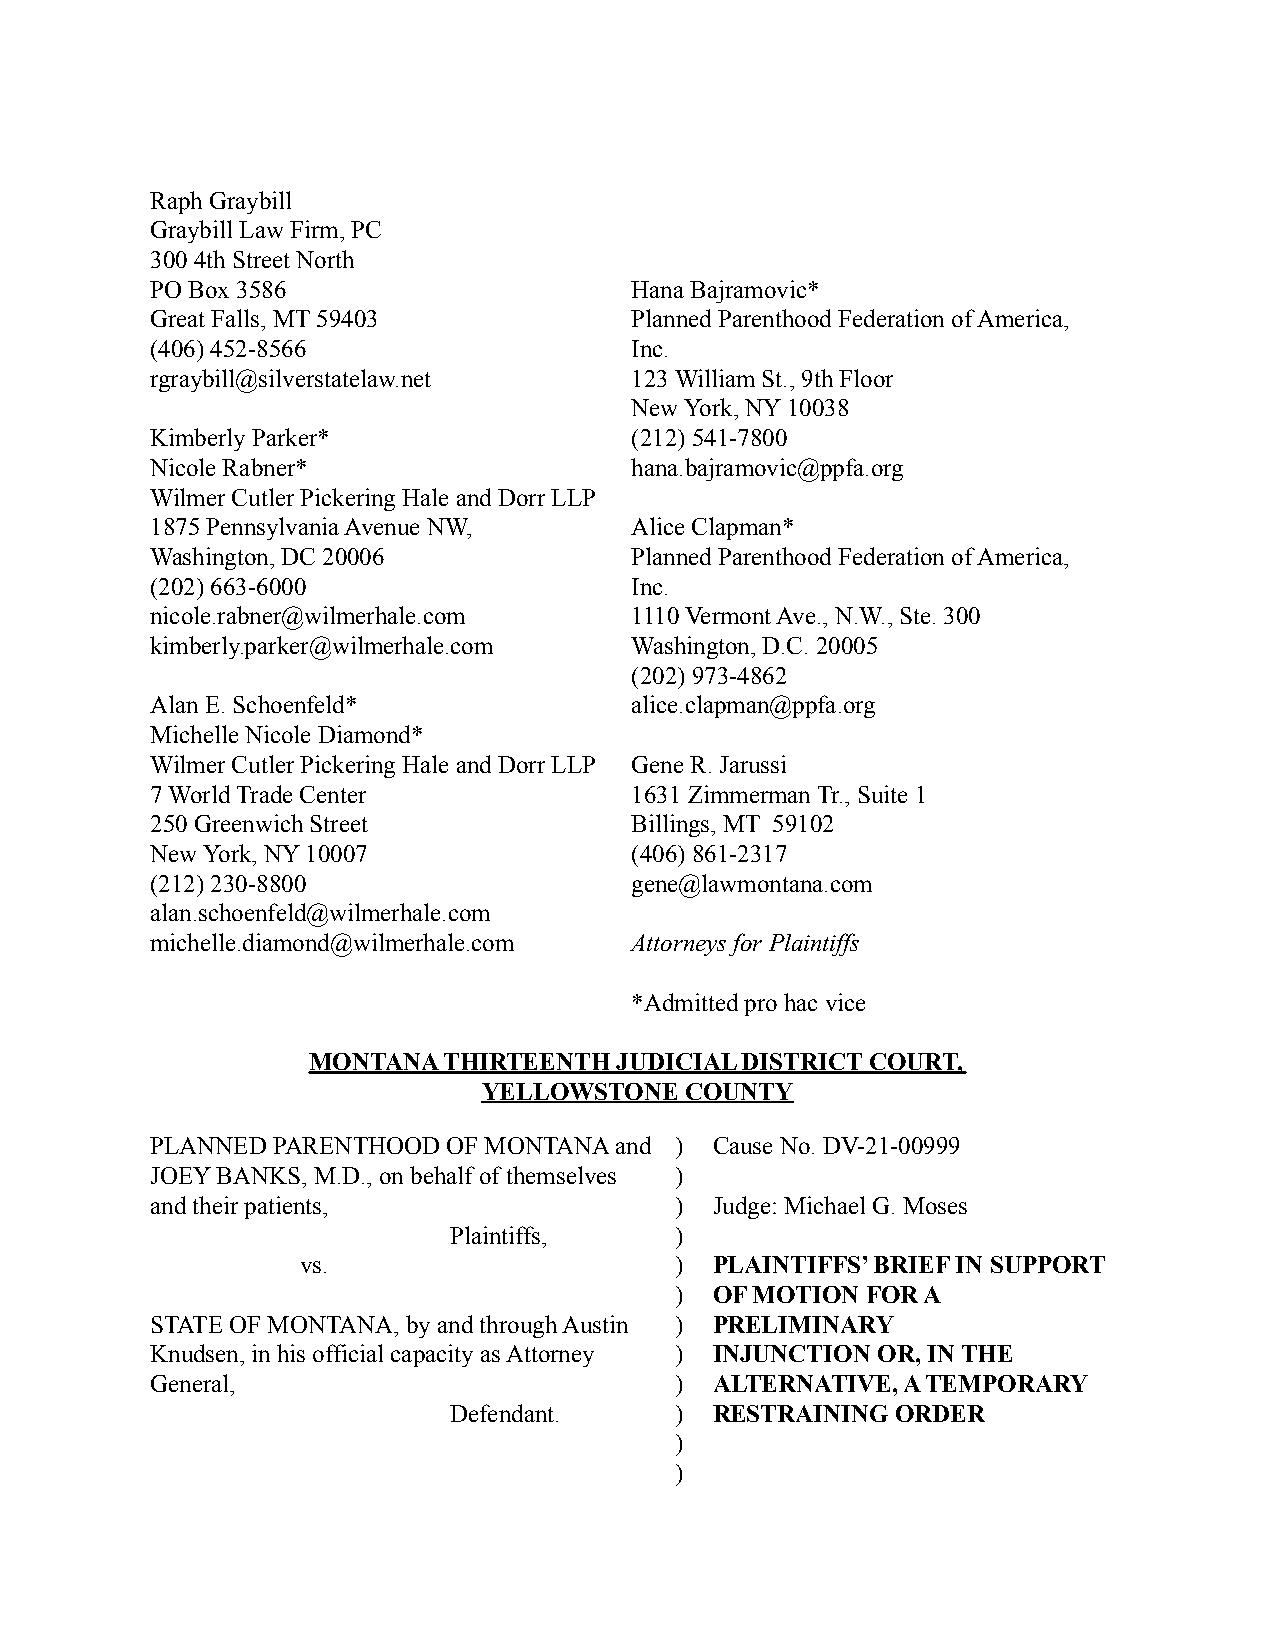
Raph Graybill
 Graybill Law Firm, PC
 300 4th Street North
 PO Box 3586                     Hana Bajramovic*
 Great Falls, MT 59403           Planned Parenthood Federation of America,
 (406) 452-8566                  Inc.
 rgraybill@silverstatelaw.net    123 William St., 9th Floor
 New York, NY 10038
 Kimberly Parker*                (212) 541-7800
 Nicole Rabner*                  hana.bajramovic@ppfa.org
 Wilmer Cutler Pickering Hale and Dorr LLP
 1875 Pennsylvania Avenue NW,    Alice Clapman*
 Washington, DC 20006            Planned Parenthood Federation of America,
 (202) 663-6000                  Inc.
 nicole.rabner@wilmerhale.com    1110 Vermont Ave., N.W., Ste. 300
 kimberly.parker@wilmerhale.com  Washington, D.C. 20005
 (202) 973-4862
 Alan E. Schoenfeld*             alice.clapman@ppfa.org
 Michelle Nicole Diamond*
 Wilmer Cutler Pickering Hale and Dorr LLP Gene R. Jarussi
 7 World Trade Center            1631 Zimmerman Tr., Suite 1
 250 Greenwich Street            Billings, MT 59102
 New York, NY 10007              (406) 861-2317
 (212) 230-8800                  gene@lawmontana.com
 alan.schoenfeld@wilmerhale.com
 michelle.diamond@wilmerhale.com Attorneys for Plaintiffs
 *Admitted pro hac vice
 MONTANA  THIRTEENTH  JUDICIAL DISTRICT COURT,
 YELLOWSTONE  COUNTY
 PLANNED PARENTHOOD  OF MONTANA and ) Cause No. DV-21-00999
 JOEY BANKS, M.D., on behalf of themselves )
 and their patients,                ) Judge: Michael G. Moses
 Plaintiffs,    )
 vs.                      ) PLAINTIFFS’ BRIEF IN SUPPORT
 ) OF MOTION FOR A
 STATE OF MONTANA, by and through Austin ) PRELIMINARY
 Knudsen, in his official capacity as Attorney ) INJUNCTIONOR, IN THE
 General,                           ) ALTERNATIVE, A TEMPORARY
 Defendant.     ) RESTRAININGORDER
 )
 )